Vaccination North-Western Provinces 1866-1877 - 1866-1877
Year: 1866
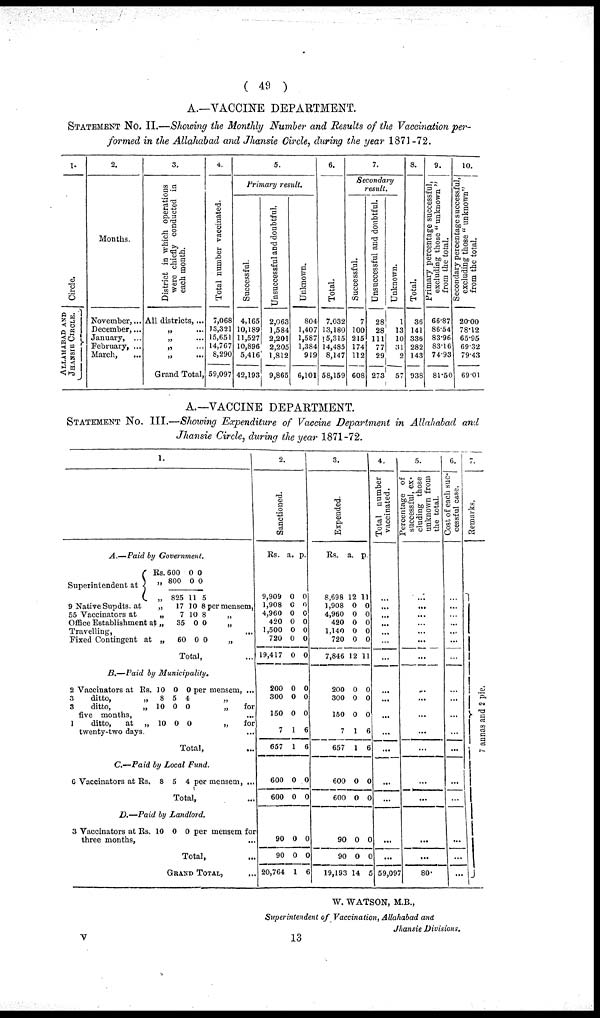
( 49 )
A.—VACCINE DEPARTMENT.
STATEMENT No II.—Showing the Monthly Number and Results of the Vaccination per¬
formed in the Allahabad and Jhansie Circle, during the year 1871-72.
1.
Circle.
ALLAHABAD AND
JHANSIE CIRCLE.
2.
Months.
November,...
December,...
January,
...
February, ...
March, ...
3.
District in which operations
were chiefly conducted in
each month.
All districts,...
„
...
„
...
„ ...
„ ...
Grand Total,
4.
Total number vaccinated.
7,068
13,321
15,651
14,767
8,290
59,097
5.
Primary
result.
Successful.
4,165
10,189
11,527
10,896
5,416
42,193
Unsuccessful and doubtful.
2,063
1,584
2,201
2,205
1,812
9,865
Unknown.
804
1,407
1,587
1,384
919
6,101
6.
Total.
7,032
13,180
15,315
14,485
8,147
58,159
7.
Secondary
result.
Successful.
7
100
215
174
112
608
Unsuccessful and doubtful.
28
28
111
77
29
273
Unknown.
1
13
10
31
2
57
8.
Total.
36
141
336
282
143
938
9.
Primary percentage successful,
excluding those " unknown "
from the total.
66.87
86.54
83.96
83.16
74.93
81.50
10.
Secondary percentage successful,
excluding those " unknown"
from the total.
20.00
78.12
65.95
69.32
79.43
69.01
A.—VACCINE DEPARTMENT.
STATEMENT No III.—Showing Expenditure of Vaccine Department in Allahabad and
Jhansie Circle, during the year 1871-72.
1.
A.—Paid
by Government.
Superintendent at
Rs.
„
„
9 Native Supdts. at „
55 Vaccinators at „
Office Establishment a „
Travelling, ...
Fixed Contingent at „
600
800
825
17
7
35
60
0
0
11
10
10
0
0
0
0
5
8
8
0
0
per mensem,
„
„
...
„
Total, ...
B.—Paid
by
Municipality.
2 Vaccinators at
3
ditto,
3
ditto,
five
months,
1
ditto,
at
twenty-two days.
Rs.
„
„
„
10
8
10
10
0
5
0
0
0
4
0
0
per mensem, ...
„
„
for
...
„
for
...
Total, ...
C.—Paid by Local Fund.
6 Vaccinators at Rs.
8 5 4 per mensem, ...
Total, ...
D.—Paid by Landlord.
3 Vaccinators at
three months,
Rs. 10 0 0 per mensem for
...
Total, ...
GRAND TOTAL, ...
2.
Sanctioned.
Rs.
9,909
1,908
4,960
420
1,500
720
19,417
200
300
150
7
657
600
600
90
90
20,764
a.
0
0
0
0
0
0
0
0
0
0
1
1
0
0
0
0
1
p.
0
0
0
0
0
0
0
0
0
0
6
6
0
0
0
0
6
3.
Expended.
Rs.
8,698
1,908
4,960
420
1,140
720
7,846
200
300
150
7
657
600
600
90
90
19,193
a.
12
0
0
0
0
0
12
0
0
0
1
1
0
0
0
0
14
p.
11
0
0
0
0
0
11
0
0
0
6
6
0
0
0
0
5
4.
Total number
vaccinated.
...
...
...
...
...
...
...
...
...
...
...
...
...
...
...
...
...
59,097
5.
successful, ex-
cluding those
unknown from
the total.
...
...
...
...
...
...
...
...
...
...
...
...
...
...
...
...
...
80
6.
Cost of each suc¬
cessful case.
...
...
...
...
...
...
...
...
...
...
...
...
...
...
...
...
...
...
7.
Remarks.
7 a n n a s and 2 pie.
W. WATSON, M.B.,
Superintendent of Vaccination, Allahabad and
Jhansie Divisions.
V
13